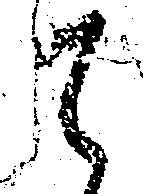
て